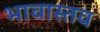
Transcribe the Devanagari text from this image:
भावास्तव